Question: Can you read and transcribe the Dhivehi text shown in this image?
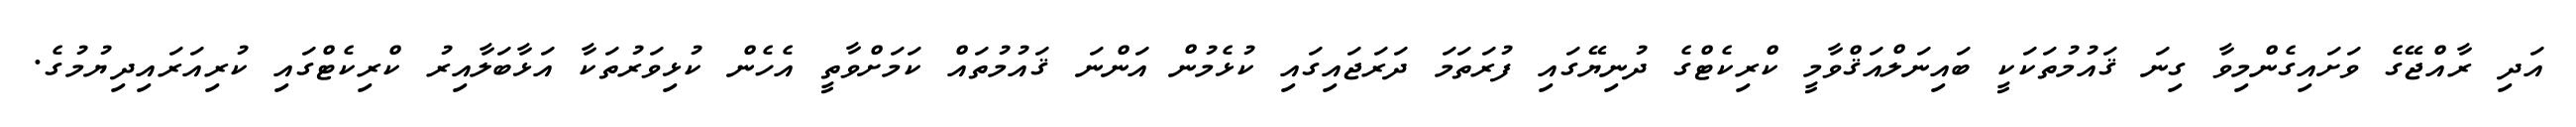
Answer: އަދި ރާއްޖޭގެ ވަށައިގެންމިވާ ގިނަ ޤައުމުތަކަކީ ބައިނަލްއަޤްވާމީ ކްރިކެޓްގެ ދުނިޔޭގައި ފުރަތަމަ ދަރަޖައިގައި ކުޅެމުން އަންނަ ޤައުމުތައް ކަމަށްވާތީ އެހެން ކުޅިވަރުތަކާ އަޅާބަލާއިރު ކްރިކެޓްގައި ކުރިއަރައިދިޔުމުގެ.